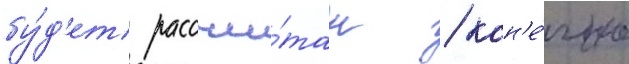
бу́д'ет рассчи́тан / кон'е́чно